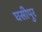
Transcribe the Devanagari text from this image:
घसीपुर